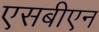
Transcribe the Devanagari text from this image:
एसबीएन